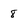
Character: 8